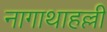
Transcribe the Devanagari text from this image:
नागाथाहल्ली